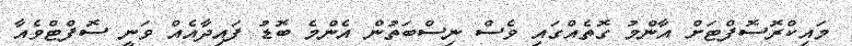
މައިކްރޮސޮފްޓަށް އާންމު ގޮތެއްގައި ވެސް ނިސްބަތުން އެންމެ ބޮޑު ފައިދާއެއް ވަނީ ސޮފްޓްވެއާ